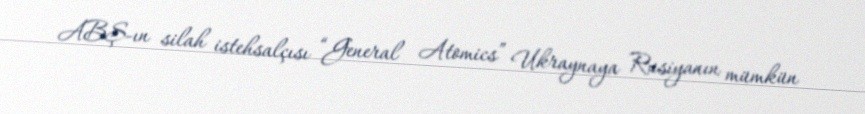
ABŞ-ın silah istehsalçısı “General Atomics” Ukraynaya Rusiyanın mümkün